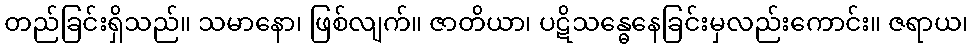
တည်ခြင်းရှိသည်။ သမာနော၊ ဖြစ်လျက်။ ဇာတိယာ၊ ပဋိသန္ဓေနေခြင်းမှလည်းကောင်း။ ဇရာယ၊